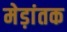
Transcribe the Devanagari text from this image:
मेड़ांतक